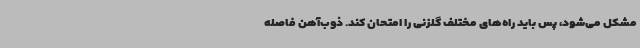
مشکل می‌شود، پس باید راه‌های مختلف گلزنی را امتحان کند. ذوب‌آهن فاصله